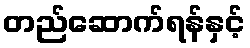
တည်ဆောက်ရန်နှင့်